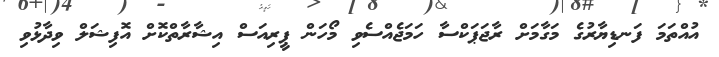
އުއްތަމަ ފަނޑިޔާރުގެ މަގާމަށް ރާޖަޕަކްސާ ހަމަޖެއްސެވި މޯހަން ޕީރިއަސް އިޝާރާތްކޮށް އޮފިޝަލް ވިދާޅުވި